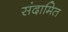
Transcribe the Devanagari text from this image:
संदामित